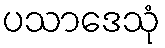
ပသာဒေသုံ